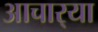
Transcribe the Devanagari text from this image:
आचार्‍या